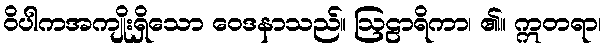
ဝိပါကအကျိုးရှိသော ဝေဒနာသည်။ ဩဠာရိကာ၊ ၏။ ဣတရာ၊